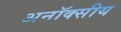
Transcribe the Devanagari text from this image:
अनॉक्सीय